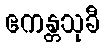
ဧကန္တသုခီ